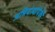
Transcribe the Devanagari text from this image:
अभियंत्यांपैकी